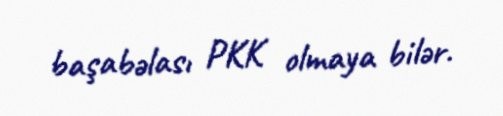
başabəlası PKK olmaya bilər.